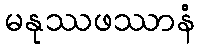
မနုဿဖဿာနံ